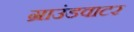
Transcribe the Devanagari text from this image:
ग्राउंडवाटर